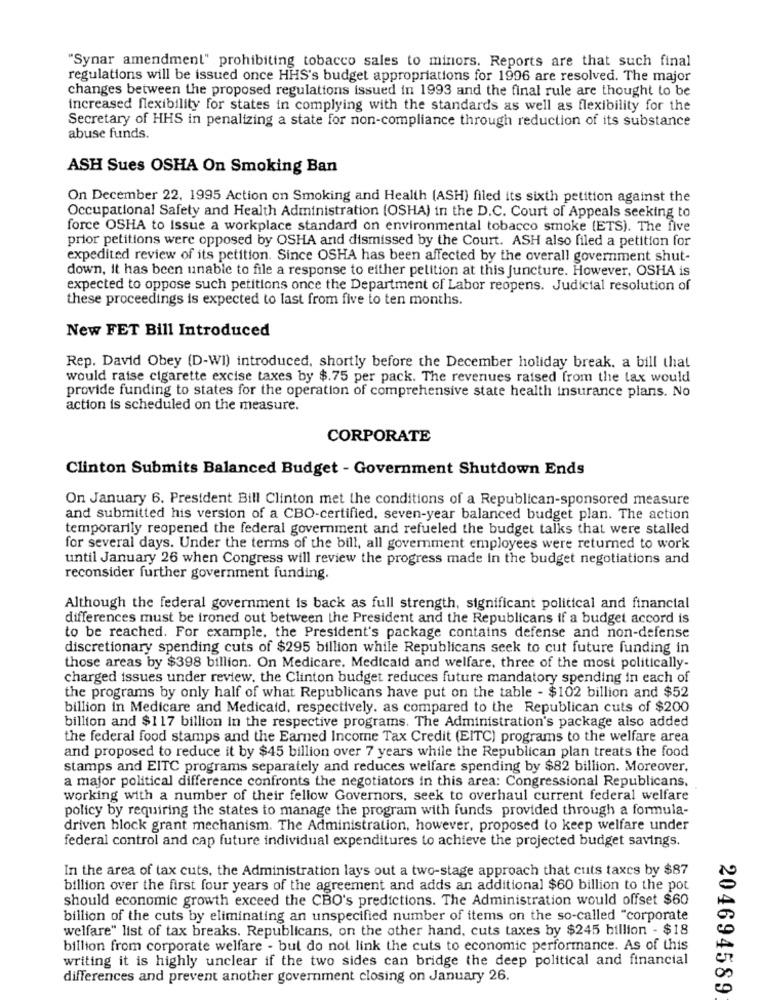
"Synar amendment" prohibiting tobacco sales to minors. Reports are that such final
regulations will be issued once HHS's budget appropriations for 1996 are resolved. The major
changes between the proposed regulations issued in 1993 and the final rule are thought to be
increased flexibility for states in complying with the standards as well as flexibility for the
Secretary of HHS in penalizing a state for non-compliance through reduction of its substance
abuse funds.
ASH Sues OSHA On Smoking Ban
On December 22, 1995 Action on Smoking and Health (ASH) filed its sixth petition against the
Occupational Safety and Health Administration (OSHA) in the D.C. Court of Appeals seeking to
force OSHA to Issue a workplace standard on environmental tobacco smoke (ETS). The five
prior petitions were opposed by OSHA and dismissed by the Court. ASH also filed a petition for
expedited review of its petition. Since OSHA has been affected by the overall government shut-
down, it has been unable to file a response to either petition at this juncture. However, OSHA is
expected to oppose such petitions once the Department of Labor reopens. Judicial resolution of
these proceedings is expected to last from five to ten months.
New FET Bill Introduced
Rep. David Obey (D-WI) introduced, shortly before the December holiday break. a bill that
would raise cigarette excise taxes by $.75 per pack. The revenues raised from the tax would
provide funding to states for the operation of comprehensive state health insurance plans. No
action is scheduled on the measure.
CORPORATE
Clinton Submits Balanced Budget - Government Shutdown Ends
On January 6. President Bill Clinton met the conditions of a Republican-sponsored measure
and submitted his version of a CBO-certified, seven-year balanced budget plan. The action
temporarily reopened the federal government and refueled the budget talks that were stalled
for several days. Under the terms of the bill, all government employees were returned to work
until January 26 when Congress will review the progress made in the budget negotiations and
reconsider further government funding.
Although the federal government is back as full strength, significant political and financial
differences must be ironed out between the President and the Republicans if a budget accord is
to be reached. For example, the President's package contains defense and non-defense
discretionary spending cuts of $295 billion while Republicans seek to cut future funding in
those areas by $398 billion. On Medicare. Medicaid and welfare, three of the most politically-
charged issues under review, the Clinton budget reduces future mandatory spending in each of
the programs by only half of what Republicans have put on the table - $102 billion and $52
billion in Medicare and Medicaid, respectively. as compared to the Republican cuts of $200
billion and $117 billion in the respective programs. The Administration's package also added
the federal food stamps and the Earned Income Tax Credit (EITC) programs to the welfare area
and proposed to reduce it by $45 billion over 7 years while the Republican plan treats the food
stamps and EITC programs separately and reduces welfare spending by $82 billion. Moreover,
a major political difference confronts the negotiators in this area: Congressional Republicans.
working with a number of their fellow Governors, seek to overhaul current federal welfare
policy by requiring the states to manage the program with funds provided through a formula-
driven block grant mechanism. The Administration, however, proposed to keep welfare under
federal control and cap future individual expenditures to achieve the projected budget savings.
In the area of tax cuts, the Administration lays out a two-stage approach that cuts taxes by $87
billion over the first four years of the agreement and adds an additional $60 billion to the pot
should economic growth exceed the CBO's predictions. The Administration would offset $60
billion of the cuts by eliminating an unspecified number of items on the so-called "corporate
welfare" list of tax breaks. Republicans, on the other hand, cuts taxes by $245 billion - $18
billion from corporate welfare - but do not link the cuts to economic performance. As of this
writing it is highly unclear if the two sides can bridge the deep political and financial
differences and prevent another government closing on January 26.
204694589